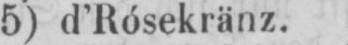
5) d’Rósekränz.